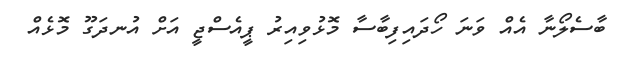
ބާސެލޯނާ އެއް ވަނަ ހޯދައިފިބާސާ މޮޅުވިއިރު ޕީއެސްޖީ އަށް އުނދަގޫ މޮޅެއް